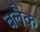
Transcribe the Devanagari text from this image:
बलैक